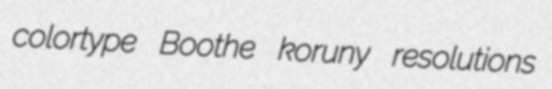
colortype Boothe koruny resolutions